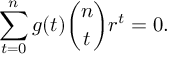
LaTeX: \sum _ { t = 0 } ^ { n } g ( t ) { \binom { n } { t } } r ^ { t } = 0 .